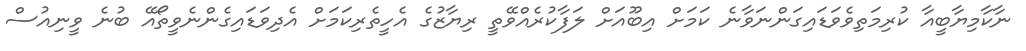
ނާކާމިޔާބީއާ ކުރިމަތިވެވަޑައިގަންނަވާނެ ކަމަށް އިބޫއަށް ލަފާކުރެއްވޭތީ ރިޔާޒުގެ އެހީތެރިކަމަށް އެދިވަޑައިގެންނެވީތޯއޭ ބުނެ ވީނިއުސް